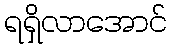
ရရှိလာအောင်